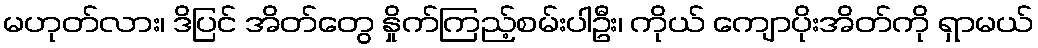
မဟုတ်လား၊ ဒိပြင် အိတ်တွေ နှိုက်ကြည့်စမ်းပါဦး၊ ကိုယ် ကျောပိုးအိတ်ကို ရှာမယ်